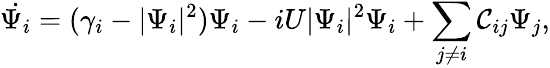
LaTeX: \dot{\Psi_{i}}=(\gamma_{i}-|\Psi_{i}|^{2})\Psi_{i}-iU|\Psi_{i}|^{2}\Psi_{i}+\sum_{j\ne i}{\cal C}_{ij}\Psi_{j},